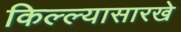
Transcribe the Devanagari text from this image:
किल्ल्यासारखे